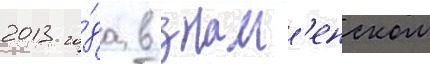
2013 го́да в знам'енском